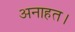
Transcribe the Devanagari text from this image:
अनाहत।